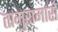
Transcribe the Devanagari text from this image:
तामुरामारो